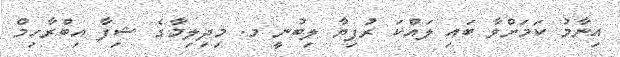
އިނާމު ކަމަށްވާ ބައި ލައްކަ ރުފިޔާ ލިބުނީ މ. މިދިލިމާގެ ޝިފާ އިބްރާހިމް